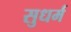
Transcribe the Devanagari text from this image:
सुधर्म